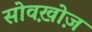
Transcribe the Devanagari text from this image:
सोवख़ोज़